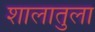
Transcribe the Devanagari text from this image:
शालातुला